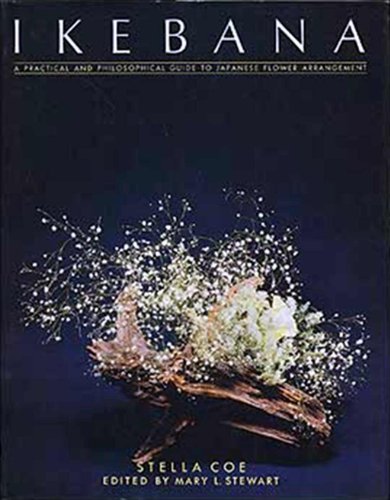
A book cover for Ikebana; Stella Coe; Crafts, Hobbies & Home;